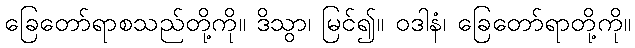
ခြေတော်ရာစသည်တို့ကို။ ဒိသွာ၊ မြင်၍။ ဝဒါနံ၊ ခြေတော်ရာတို့ကို။